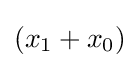
(x_{1}+x_{0})